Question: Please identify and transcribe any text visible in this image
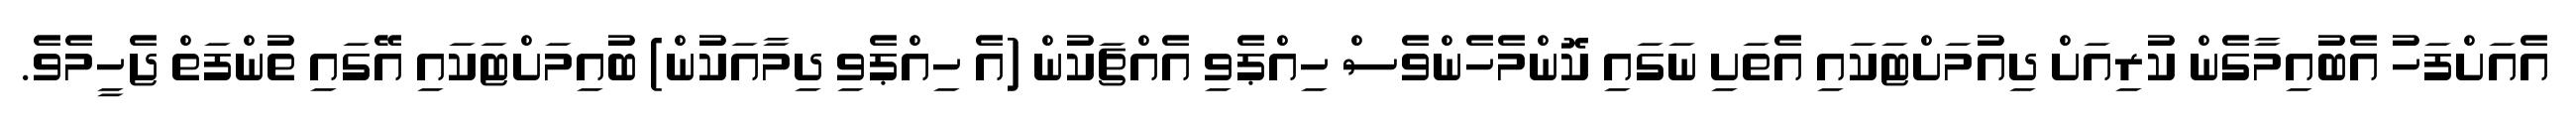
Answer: އެއަށްފަހު އެބުއިމާގެން ކުރިއަށް ދިއުމަށްޓަކައި އެތަށި ނަގައި ކޮންމެހެންވެސް ހިއްޕެވި އެއްޗަކުން (އެ ހިއްޕެވި ދިމާއަކުން) ބުއިމަށްޓަކައި އޭގައި ތުންފަތް ޖެހީމެވެ.